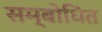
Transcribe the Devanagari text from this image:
सम्‍बोधित